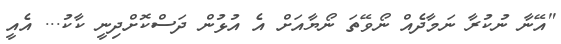
"އޭނާ ނުކުރާ ނަމާދެއް ނޯވޭތަ ނޯޔާއަށް އެ އުޅުން ދަސްކޮށްދިނީ ކާކު... އެއީ